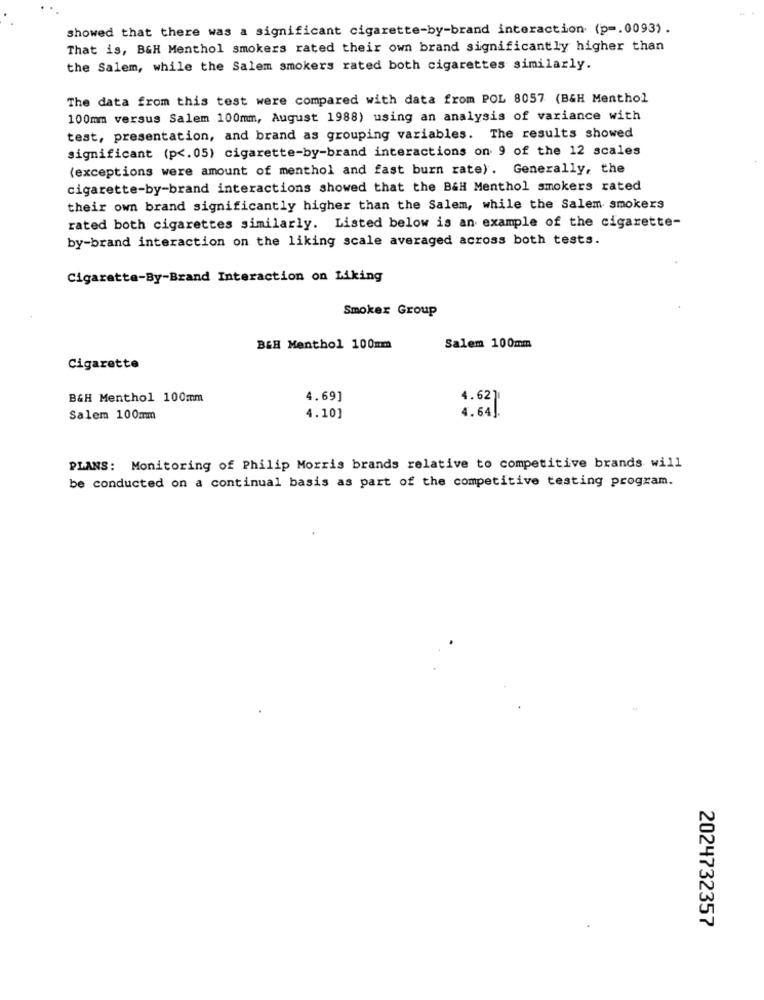
showed that there was a significant cigarette-by-brand interaction (p =. 0093).
That is, B&H Menthol smokers rated their own brand significantly higher than
the Salem, while the Salem smokers rated both cigarettes similarly.
The data from this test were compared with data from POL 8057 (B&H Menthol
100mm versus Salem 100mm, August 1988) using an analysis of variance with
test, presentation, and brand as grouping variables. The results showed
significant (p <. 05) cigarette-by-brand interactions on 9 of the 12 scales
(exceptions were amount of menthol and fast burn rate). Generally, the
cigarette-by-brand interactions showed that the B&H Menthol smokers rated
their own brand significantly higher than the Salem, while the Salem smokers
rated both cigarettes similarly. Listed below is an example of the cigarette-
by-brand interaction on the liking scale averaged across both tests.
Cigarette-By-Brand Interaction on Liking
Smoker Group
B&H Menthol 100mm
Salem 100mm
Cigarette
B&H Menthol 100mm
4.69]
4.62]
Salem 100mm
4.10]
4.64J.
PLANS: Monitoring of Philip Morris brands relative to competitive brands will
be conducted on a continual basis as part of the competitive testing program.
2024732357